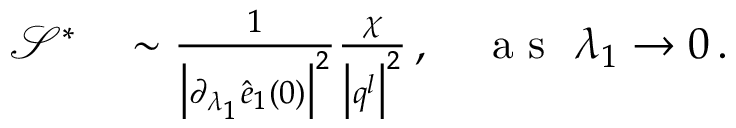
\begin{array} { r l } { \mathcal { S } ^ { * } } & { { } \sim \frac { 1 } { \big \vert \partial _ { \lambda _ { 1 } } \hat { e } _ { 1 } ( 0 ) \big \vert ^ { 2 } } \frac { \chi } { \big \vert \boldsymbol { q } ^ { l } \big \vert ^ { 2 } } \, , ~ ~ ~ \mathrm { ~ a ~ s ~ } ~ \lambda _ { 1 } \rightarrow 0 \, . } \end{array}